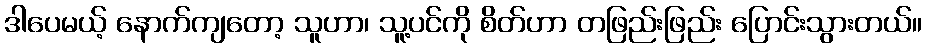
ဒါပေမယ့် နောက်ကျတော့ သူဟာ၊ သူ့ပင်ကို စိတ်ဟာ တဖြည်းဖြည်း ပြောင်းသွားတယ်။